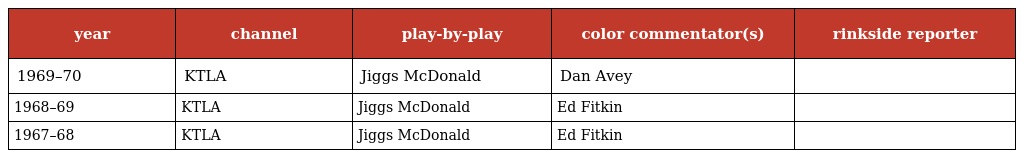
| year | channel | play-by-play | color commentator(s) | rinkside reporter |
 | --- | --- | --- | --- | --- |
 | 1969–70 | KTLA | Jiggs McDonald | Dan Avey |  |
 | 1968–69 | KTLA | Jiggs McDonald | Ed Fitkin |  |
 | 1967–68 | KTLA | Jiggs McDonald | Ed Fitkin |  |